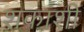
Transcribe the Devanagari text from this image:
शकांशी